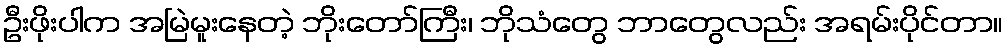
ဦးဖိုးပါက အမြဲမူးနေတဲ့ ဘိုးတော်ကြီး၊ ဘိုသံတွေ ဘာတွေလည်း အရမ်းပိုင်တာ။